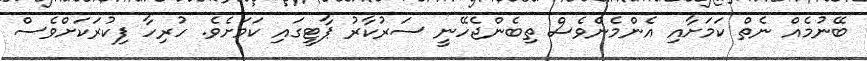
ބޭނުމެއް ނެތް ކަމަށާއި އެންމެންވެސް ތިބެންޖެހޭނީ ސަރުކާރު ޕާޓީގައި ކަމަށެވެ. ހުރިހާ ފިކުރަކަށްވެސް